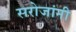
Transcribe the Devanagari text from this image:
सरोजांनी